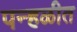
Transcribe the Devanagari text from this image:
पन्हळीत